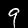
Digit: 9